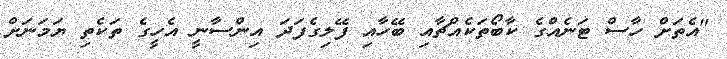
"އެތަށް ހާސް ޓަނެއްގެ ކާބޯތަކެއްޗާއި ބޭހާއި ފޭލިގެފަދަ އިންސާނީ އެހީގެ ތަކެތި ޔަމަނަށް